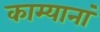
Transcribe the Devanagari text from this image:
काम्यानां